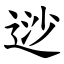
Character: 逤